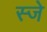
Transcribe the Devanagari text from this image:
स्जे